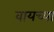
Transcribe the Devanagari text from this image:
वायच्या